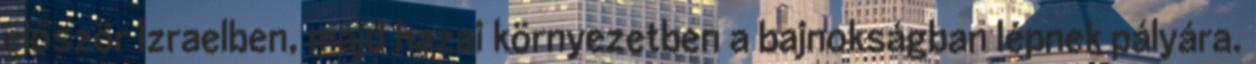
először Izraelben, majd hazai környezetben a bajnokságban lépnek pályára.